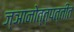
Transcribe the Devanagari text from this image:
ज्ञानोत्त्पत्तीत